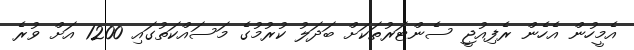
އެމީހުން އެހެން ރެފިއުޖީ ސެންޓަރުތަކަށް ބަދަލު ކުރުމުގެ މަސައްކަތުގައި 1200 އަށް ވުރެ